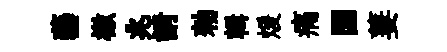
藝檄兆請勑輯煖痛圜萋